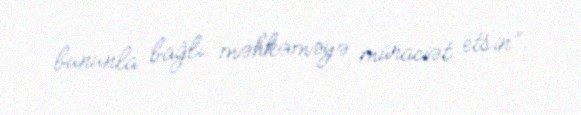
bununla bağlı məhkəməyə müraciət etsin”.